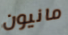
مانيون